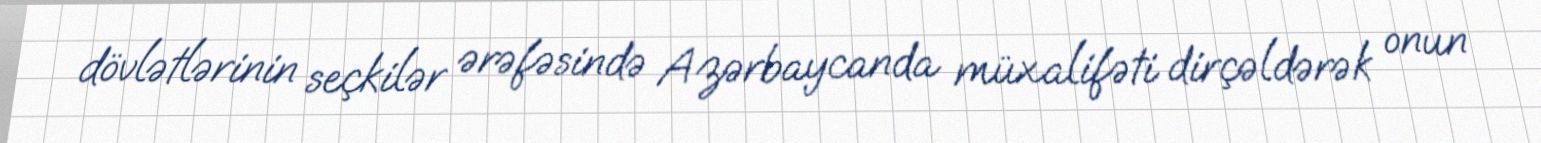
dövlətlərinin seçkilər ərəfəsində Azərbaycanda müxalifəti dirçəldərək onun